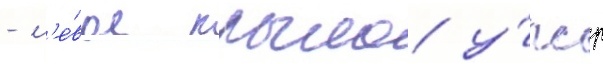
- л'е́вое крыло у́пср